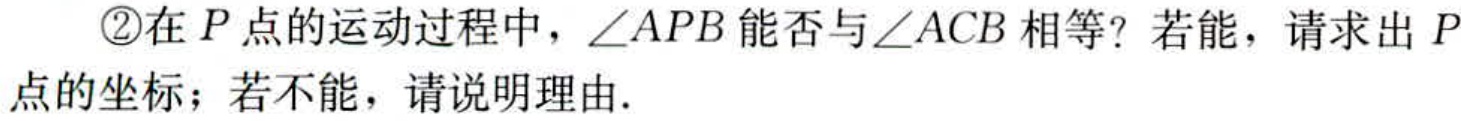
\textcircled{2}在\(P\)点的运动过程中，\(\angle APB\)能否与\(\angle ACB\)相等？若能，请求出\(P\)点的坐标；若不能，请说明理由.